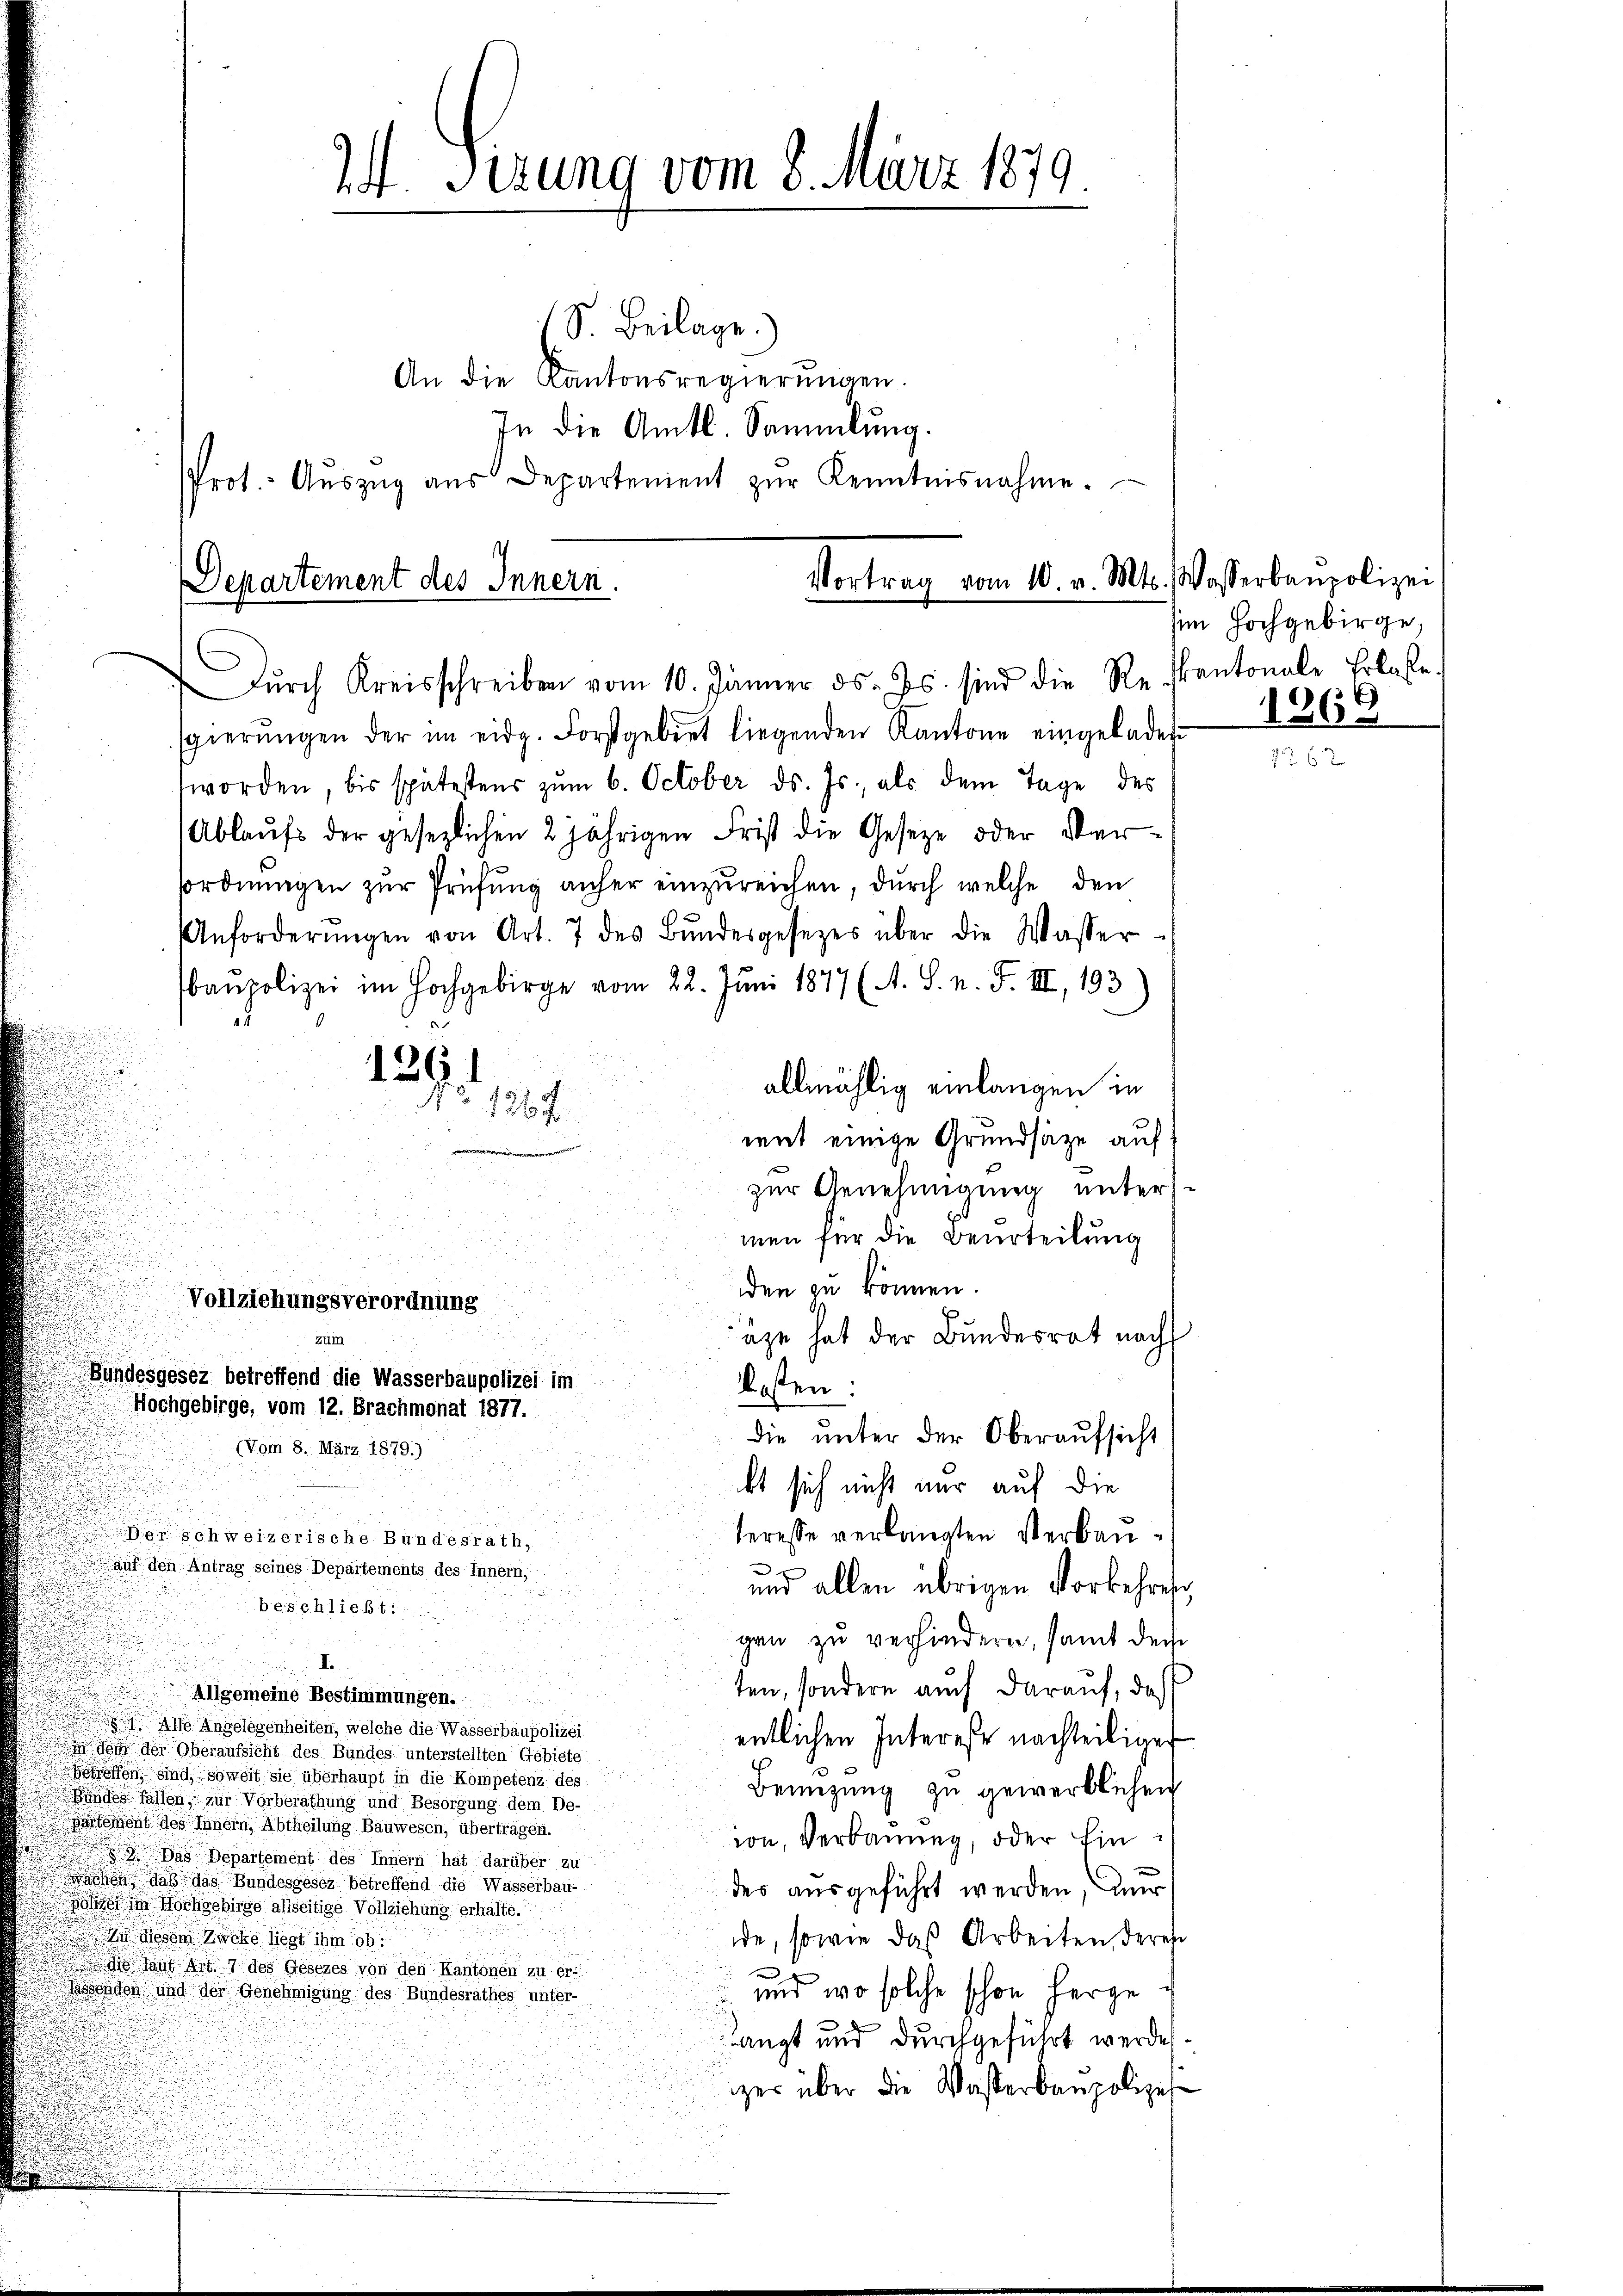
Vortrag vom 10. v. Mts. Wasserbaupolizei
Departement des Innern.
Dŭrch Kreisschreiben vom 10. Jänner ds. Js. sind die Reskantonale Erlasse.

u
u
Vollziehungsverordnung
zum
Bundesgesez betreffend die Wasserbaupolizei im
Hochgebirge, vom 12. Brachmonat 1877.
(Vom 8. März 1879.)

24. Sizung vom 8. März 1879

S. Beilage.)
An die Kantonsregierŭngen.
In die Amtl. Sammlung.
Prot. Aŭszŭg aŭs Departenient zŭr Kenntnisnahme.

126

sgierŭngen der im eidg. Forstgebiet liegenden Kantone eingeladen
worden, bis spätestens zŭm 6. October ds. Js., als dem Tage des
Ablaufs der gesezlichen 2 jährigen Frist die Gesetze oder Versordnungen zur Prüfung anher einzureichen, durch welche den
Anforderŭngen von Art. 7 des Bŭndesgesetzes über die Wasser-
baupolizei im Hochgebirge vom 22. Juni 1877 (A. S. n. F. III, 193)
a
allmählig einlangen in
No. 1267.
u
mit einige Grundsätze auf
zur Genehmigung unter-
men für die Beurteilung
den zu können.
E
äge hat der Bundesrat nach
kosten:
die ŭnter der Oberaŭfsicht
kt sich nicht nur auf die
teresse verlangten Verbau¬
Der schweizerische Bundesrath,
auf den Antrag seines Departements des Innern,
 x
und allen übrigen Vorkehren
beschließt:
gan zu verhindern, samt der
F.
ten, sondern auch darauf, daß
Allgemeine Bestimmungen.
Als Angelegenheiten, welche die Wasserbaupolizei
entlichen Interese nachteiligen
iigen der Oberaufsicht des Bundes unterstellten Gebiete
wessen sind, soweit sie überhaupt in die Kompetenz ge
Benüzung zu gewerblichen
bundes fallen, zur Vorberathung und Besorgung dem De-
artement des Innern, Abtheilung Bauwesen, übertragen.
von, Verbauung, oder Ein¬
 Das Departement des Innern hat darüber zu
 daß das Bundesgesez betreffend die Wasserbau-
des ausgeführt werden, nur
oher in Hochschinge allseitige Vollziehung erhalte.
n diesem Zucke liegt ihm ob
ide, sowie das Arbeiten, deres
do laut Art. 7 des Gesezes von den Kantonen zu er
d
Jassenden und der Genehmigung des Bundesrathes unter
 und wo solche schon herge
langt und durchgeführt werde.
gger über die Wasserbaupolize

sim Hochgebirge,
.
196